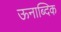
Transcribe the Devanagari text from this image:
ऊनाब्दिक